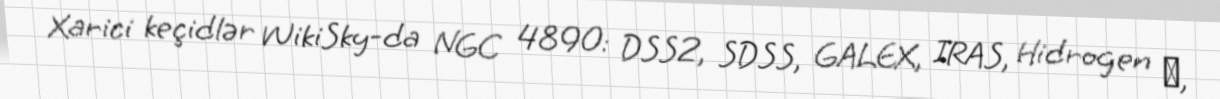
Xarici keçidlər WikiSky-da NGC 4890: DSS2, SDSS, GALEX, IRAS, Hidrogen α,